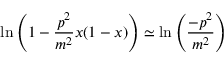
\ln \left( 1 - \frac { p ^ { 2 } } { m ^ { 2 } } x ( 1 - x ) \right) \simeq \ln \left( \frac { - p ^ { 2 } } { m ^ { 2 } } \right)